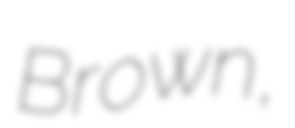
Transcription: Brown,